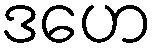
ဒဟေ